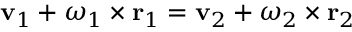
\mathbf { v } _ { 1 } + { \boldsymbol { \omega } } _ { 1 } \times \mathbf { r } _ { 1 } = \mathbf { v } _ { 2 } + { \boldsymbol { \omega } } _ { 2 } \times \mathbf { r } _ { 2 }